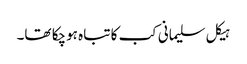
ہیکل سلیمانی کب کا تباہ ہوچکا تھا۔